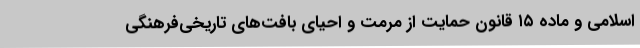
اسلامی و ماده ۱۵ قانون حمایت از مرمت و احیای بافت‌های تاریخی‌فرهنگی